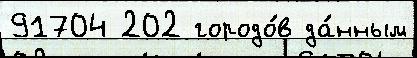
91704 202 городо́в да́нным